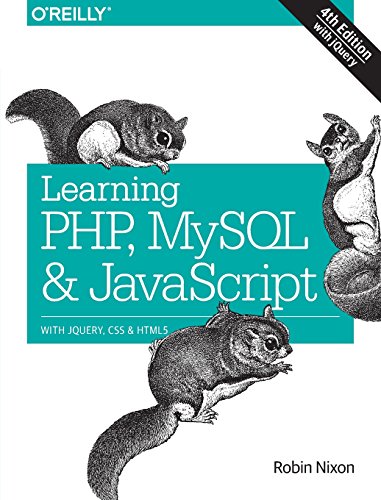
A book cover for Learning PHP, MySQL & JavaScript: With jQuery, CSS & HTML5 (Learning Php, Mysql, Javascript, Css & Html5); Robin Nixon; Computers & Technology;